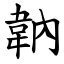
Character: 䪏